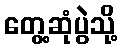
တွေ့ဆုံပွဲသို့